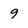
Character: 9